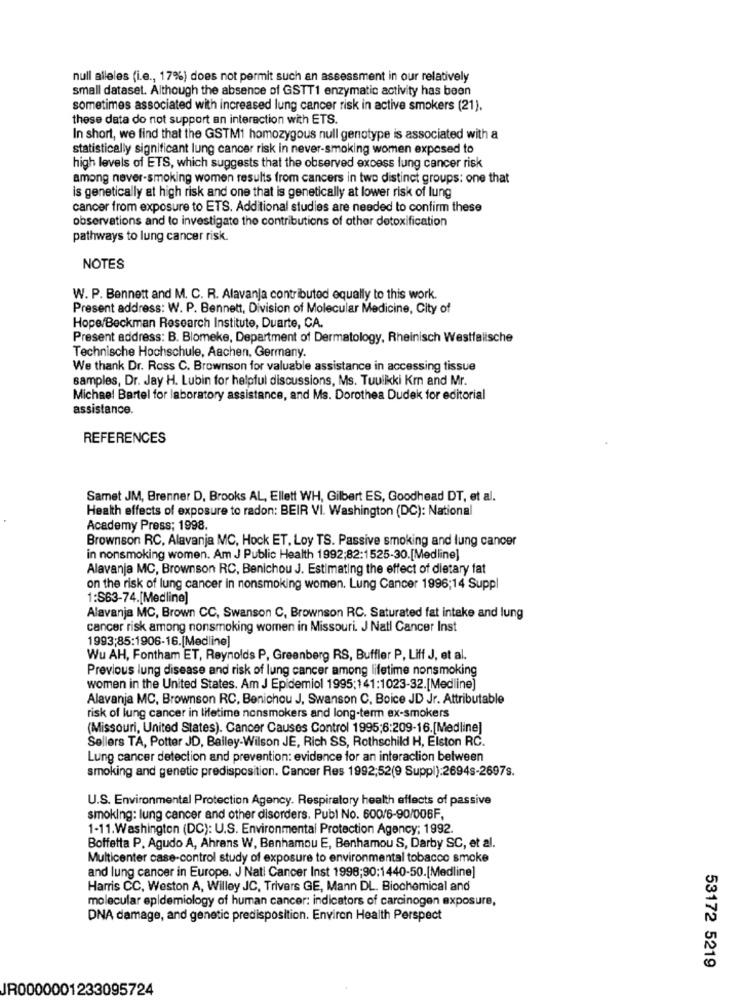
null alleles (i.e ., 17%) does not permit such an assessment in our relatively
small dataset. Although the absence of GSTT1 enzymatic activity has been
sometimes associated with increased lung cancer risk in active smokers (21).
these data do not support an interaction with ETS.
In short, we find that the GSTM1 homozygous null genotype is associated with a
statistically significant lung cancer risk in never-smoking women exposed to
high levels of ETS, which suggests that the observed excess lung cancer risk
among never-smoking women results from cancers in two distinct groups: one that
is genetically at high risk and one that is genetically at lower risk of lung
cancer from exposure to ETS. Additional studies are needed to confirm these
observations and to investigate the contributions of other detoxification
pathways to lung cancer risk.
NOTES
W. P. Bennett and M. C. R. Alavanja contributed equally to this work.
Present address: W. P. Bennett, Division of Molecular Medicine, City of
Hope/Beckman Research Institute, Duarte, CA.
Present address: B. Blomeke, Department of Dermatology, Rheinisch Westfalische
Technische Hochschule, Aachen, Germany.
We thank Dr. Ross C. Brownson for valuable assistance in accessing tissue
samples, Dr. Jay H. Lubin for helpful discussions, Ms. Tuulikki Kr and Mr.
Michael Bartel for laboratory assistance, and Ms. Dorothea Dudek for editorial
assistance.
REFERENCES
Samet JM, Brenner D, Brooks AL, Ellett WH, Gilbert ES, Goodhead DT, et al.
Health effects of exposure to radon: BEIR VI. Washington (DC): National
Academy Press; 1998.
Brownson RC, Alavanja MC, Hock ET, Loy TS. Passive smoking and lung cancer
in nonsmoking women. Am J Public Health 1992;82:1525-30.[Medline]
Alavanja MC, Brownson RC, Benichou J. Estimating the effect of dietary fat
on the risk of lung cancer in nonsmoking women. Lung Cancer 1996;14 Suppl
1:S63-74.[Medline]
Alavanja MC, Brown CC, Swanson C, Brownson RC. Saturated fat intake and lung
cancer risk among nonsmoking women in Missouri. J Natl Cancer Inst
1993;85:1906-16.[Medline]
Wu AH, Fontham ET, Reynolds P, Greenberg RS, Buffler P, Liff J, et al.
Previous lung disease and risk of lung cancer among lifetime nonsmoking
women in the United States. Am J Epidemiol 1995;141:1023-32.[Medline]
Alavanja MC, Brownson RC, Benichou J, Swanson C. Boice JD Jr. Attributable
risk of lung cancer in lifetime nonsmokers and long-term ex-smokers
(Missouri, United States). Cancer Causes Control 1995;6:209-16.[Medline]
Sellers TA, Potter JD, Bailey-Wilson JE, Rich SS, Rothschild H, Elston RC.
Lung cancer detection and prevention: evidence for an interaction between
smoking and genetic predisposition. Cancer Res 1992;52(9 Suppl):2694s-2697s.
U.S. Environmental Protection Agency. Respiratory health effects of passive
smoking: lung cancer and other disorders. Publ No. 600/6-90/006F.
1-11.Washington (DC): U.S. Environmental Protection Agency; 1992.
Boffetta P. Agudo A, Ahrens W, Benhamou E, Benhamou S, Darby SC, et al.
Multicenter case-control study of exposure to environmental tobacco smoke
and lung cancer in Europe. J Nati Cancer Inst 1998;90:1440-50.[Medline]
Harris CC, Weston A, Willey JC, Trivers GE, Mann DL. Biochemical and
molecular epidemiology of human cancer: indicators of carcinogen exposure,
DNA damage, and genetic predisposition. Environ Health Perspect
53172 5219
IR0000001233095724